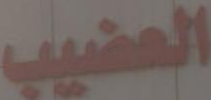
العضيب